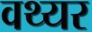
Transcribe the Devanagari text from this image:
वथ्यर